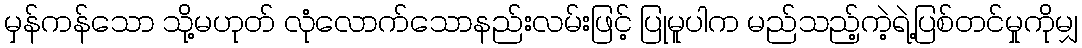
မှန်ကန်သော သို့မဟုတ် လုံလောက်သောနည်းလမ်းဖြင့် ပြုမူပါက မည်သည့်ကဲ့ရဲ့ပြစ်တင်မှုကိုမျှ